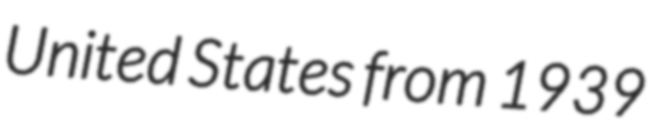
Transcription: United States from 1939